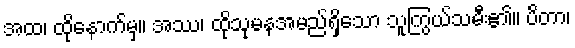
အထ၊ ထိုနောက်မှ။ အဿ၊ ထိုသုမနအမည်ရှိသော သူကြွယ်သမီး၏။ ပိတာ၊